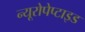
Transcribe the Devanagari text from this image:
न्यूरोपेप्टाइड